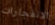
الانفجارات